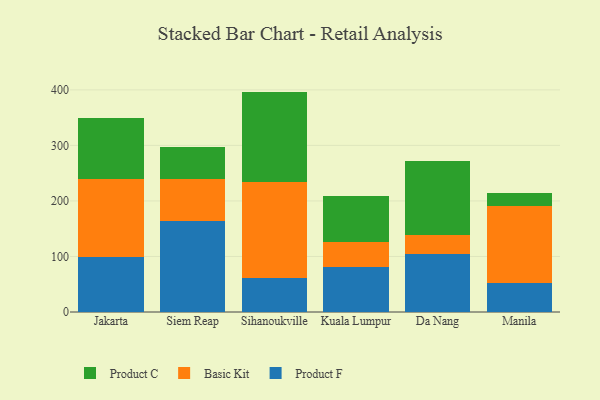
{"axis": {"x": "City", "y": "Conversion Rate (%)"}, "legend": ["Basic Kit", "Product C", "Product F"], "data": [{"x": "Jakarta", "y": 99.7, "type": "Product F"}, {"x": "Jakarta", "y": 140.7, "type": "Basic Kit"}, {"x": "Jakarta", "y": 109.0, "type": "Product C"}, {"x": "Siem Reap", "y": 163.3, "type": "Product F"}, {"x": "Siem Reap", "y": 75.8, "type": "Basic Kit"}, {"x": "Siem Reap", "y": 57.2, "type": "Product C"}, {"x": "Sihanoukville", "y": 61.7, "type": "Product F"}, {"x": "Sihanoukville", "y": 172.8, "type": "Basic Kit"}, {"x": "Sihanoukville", "y": 162.4, "type": "Product C"}, {"x": "Kuala Lumpur", "y": 81.2, "type": "Product F"}, {"x": "Kuala Lumpur", "y": 44.3, "type": "Basic Kit"}, {"x": "Kuala Lumpur", "y": 83.3, "type": "Product C"}, {"x": "Da Nang", "y": 104.8, "type": "Product F"}, {"x": "Da Nang", "y": 34.2, "type": "Basic Kit"}, {"x": "Da Nang", "y": 132.7, "type": "Product C"}, {"x": "Manila", "y": 52.5, "type": "Product F"}, {"x": "Manila", "y": 138.0, "type": "Basic Kit"}, {"x": "Manila", "y": 23.4, "type": "Product C"}]}